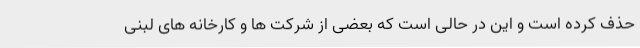
حذف کرده است و این در حالی است که بعضی از شرکت ها و کارخانه های لبنی